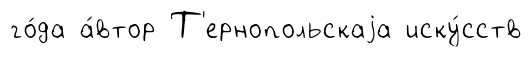
го́да а́втор Т'ернопольскаjа иску́сств